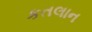
કતલાન